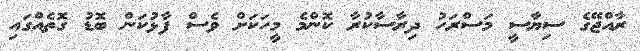
ރާއްޖޭގެ ސިޔާސީ މަސްރަހު ދިރާސާކުރާ ކޮންމެ މީހަކަށް ވެސް ފާޅުކަން ބޮޑު ގޮތެއްގައި